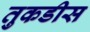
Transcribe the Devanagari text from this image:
तुकडीस